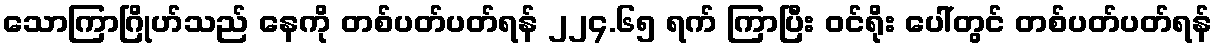
သောကြာဂြိုဟ်သည် နေကို တစ်ပတ်ပတ်ရန် ၂၂၄.၆၅ ရက် ကြာပြီး ဝင်ရိုး ပေါ်တွင် တစ်ပတ်ပတ်ရန်